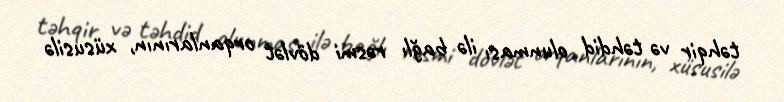
təhqir və təhdid olunması ilə bağlı rəsmi dövlət orqanlarının, xüsusilə